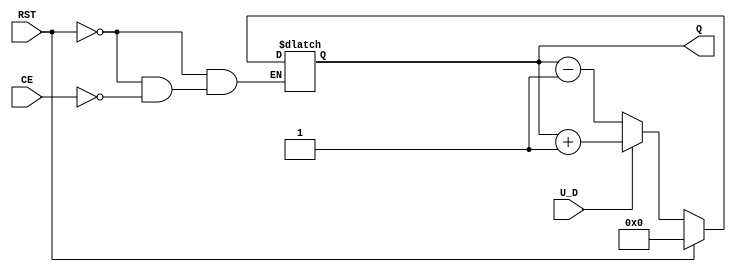
module UpDownCounter #(parameter N = 4) (
    input wire U_D,           // Up/Down control signal
    input wire CE,           // Count Enable
    input wire RST,          // Asynchronous Reset
    output reg [N-1:0] Q     // Count Value
);

// Asynchronous Reset
always @* begin
    if (RST) begin
        Q = 0;  // Reset count to 0
    end else if (CE) begin
        if (U_D) begin
            Q = Q + 1;  // Count Up
        end else begin
            Q = Q - 1;  // Count Down
        end
    end
end

endmodule